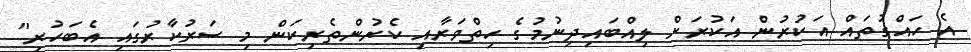
އެ ހައްގުތައް އަކުރުން އަކުރަށް ލިއްބައިދިނުމުގެ ހިތްވަރާއި ކެރުންތެރިކަން މި ސަރުކާރުގައި އެބަހުރި"